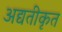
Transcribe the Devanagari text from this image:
अद्यतीकृत